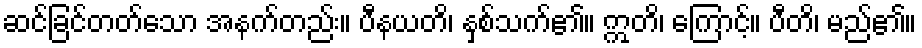
ဆင်ခြင်တတ်သော အနက်တည်း။ ပီနယတိ၊ နှစ်သက်၏။ ဣတိ၊ ကြောင့်။ ပီတိ၊ မည်၏။